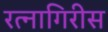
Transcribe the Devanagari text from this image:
रत्नागिरीस